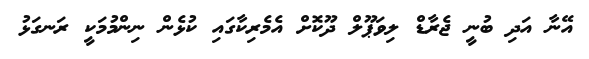
އޭނާ އަދި ބުނީ ޖެރާޑް ލިވަޕޫލް ދޫކޮށް އެމެރިކާގައި ކުޅެން ނިންމުމަކީ ރަނގަޅު